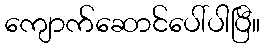
ကျောက်ဆောင်ပေါ်ပါပြီ။